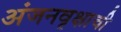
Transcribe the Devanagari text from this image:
अंजनवृक्षाची